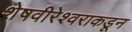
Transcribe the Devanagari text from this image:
शेषवीरेश्वराकडून